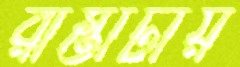
রাস্তাটায়